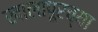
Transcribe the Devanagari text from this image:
खालापूरच्या